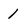
Character: 1